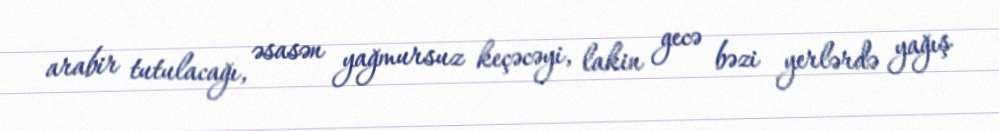
arabir tutulacağı, əsasən yağmursuz keçəcəyi, lakin gecə bəzi yerlərdə yağış